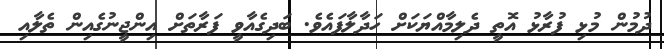
ދުމުން މުޅި ފުރާޅު އޮތީ ދެލިމާއްޔަކަށް ހަދާލާފައެވެ. ބަދިގެއާވީ ފަރާތަށް އިންޖީނުގެއިން ތެލާއި